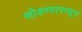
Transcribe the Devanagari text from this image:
सोडण्यापासून